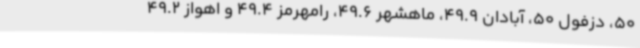
50، دزفول 50، آبادان 49.9، ماهشهر 49.6، رامهرمز 49.4 و اهواز 49.2